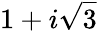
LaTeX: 1+i{\sqrt{3}}